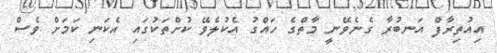
އިއުތިރާފް އަނބުރާ ގެނެވޭނީ މާތްގެ ހައްގު އެކުލެވޭ ކުށްތަކުގައި އެކަނި ކަމަށް ވެސް